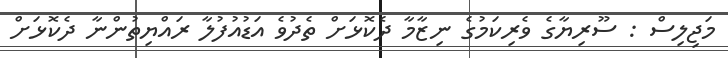
މަޖިލިސް : ސޫރިޔާގެ ވެރިކަމުގެ ނިޒާމާ ދެކޮޅަށް ތެދުވެ އަޑުއުފުލާ ރައްޔިތުންނާ ދެކޮޅަށް